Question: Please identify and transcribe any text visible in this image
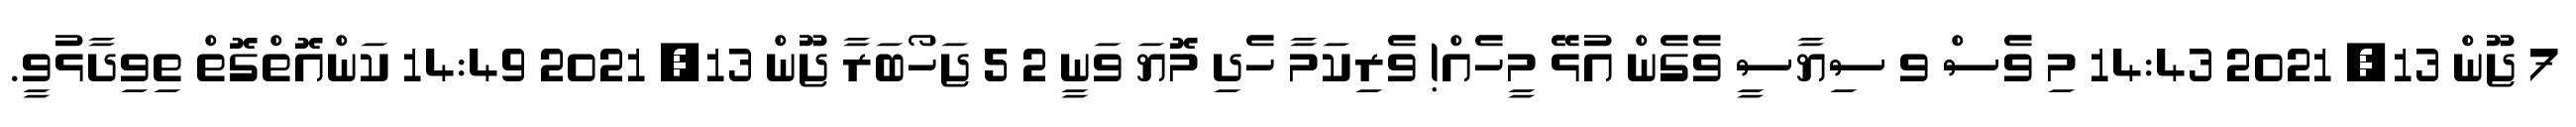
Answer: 7 ޖޫން 13, 2021 14:43 މި ވެސް ވ ސިޔާސީ ވެގެން އުޅޭ މީހެއް! ވެރިކަމާ ހެދި މޮޔަ ވަނީ 2 5 ޖަހޯބަރާ ޖޫން 13, 2021 14:49 ކަންއޮތްގޮތް ތިވިދާޅުވީ.